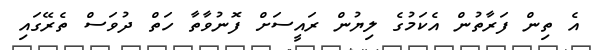
އެ ތިން ފަރާތުން އެކަމުގެ ލިޔުން ރައީސަށް ފޮނުވާތާ ހަތް ދުވަސް ތެރޭގައި